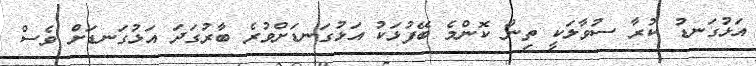
އަޅުގަނޑު ކުރާ ސުވާލަކީ ތިން ކޮންމެ ބޭފުޅަކު އަޅުގަނޑަށްވުރެ ބާރުގަދަ އަޅުގަނޑަށް ވެސް